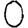
Digit: 0